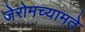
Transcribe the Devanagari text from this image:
जेरोमच्यामते